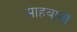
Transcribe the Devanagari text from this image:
माहबानों